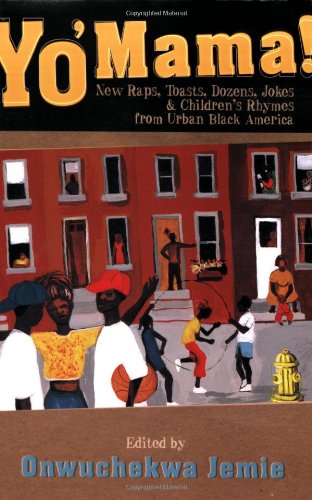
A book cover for Yo Mama!: New Raps, Toasts, Dozens, Jokes, And; Onwuchekwa Jemie; Humor & Entertainment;